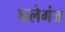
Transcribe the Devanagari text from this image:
घलेगंज